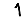
Digit: 1